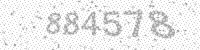
Solution: 884578